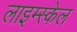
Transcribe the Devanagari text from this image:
लाइम्स्केल